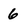
Character: 6